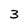
Character: 3